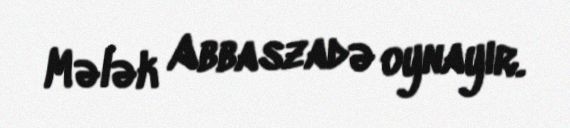
Mələk Abbaszadə oynayır.